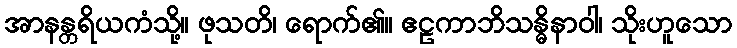
အာနန္တရိယကံသို့။ ဖုသတိ၊ ရောက်၏။ ဧဠကာဘိသန္ဓိနာဝါ၊ သိုးဟူသော